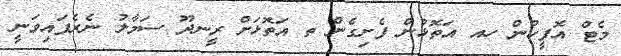
މެޓް އޮފީހުން ހއ އަތޮޅުން ފެށިގެން ތ އަތޮޅަށް ރީނދޫ ސަމާލު ނެރެފައިވަނީ